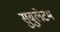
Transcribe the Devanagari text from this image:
सुबुलेटम